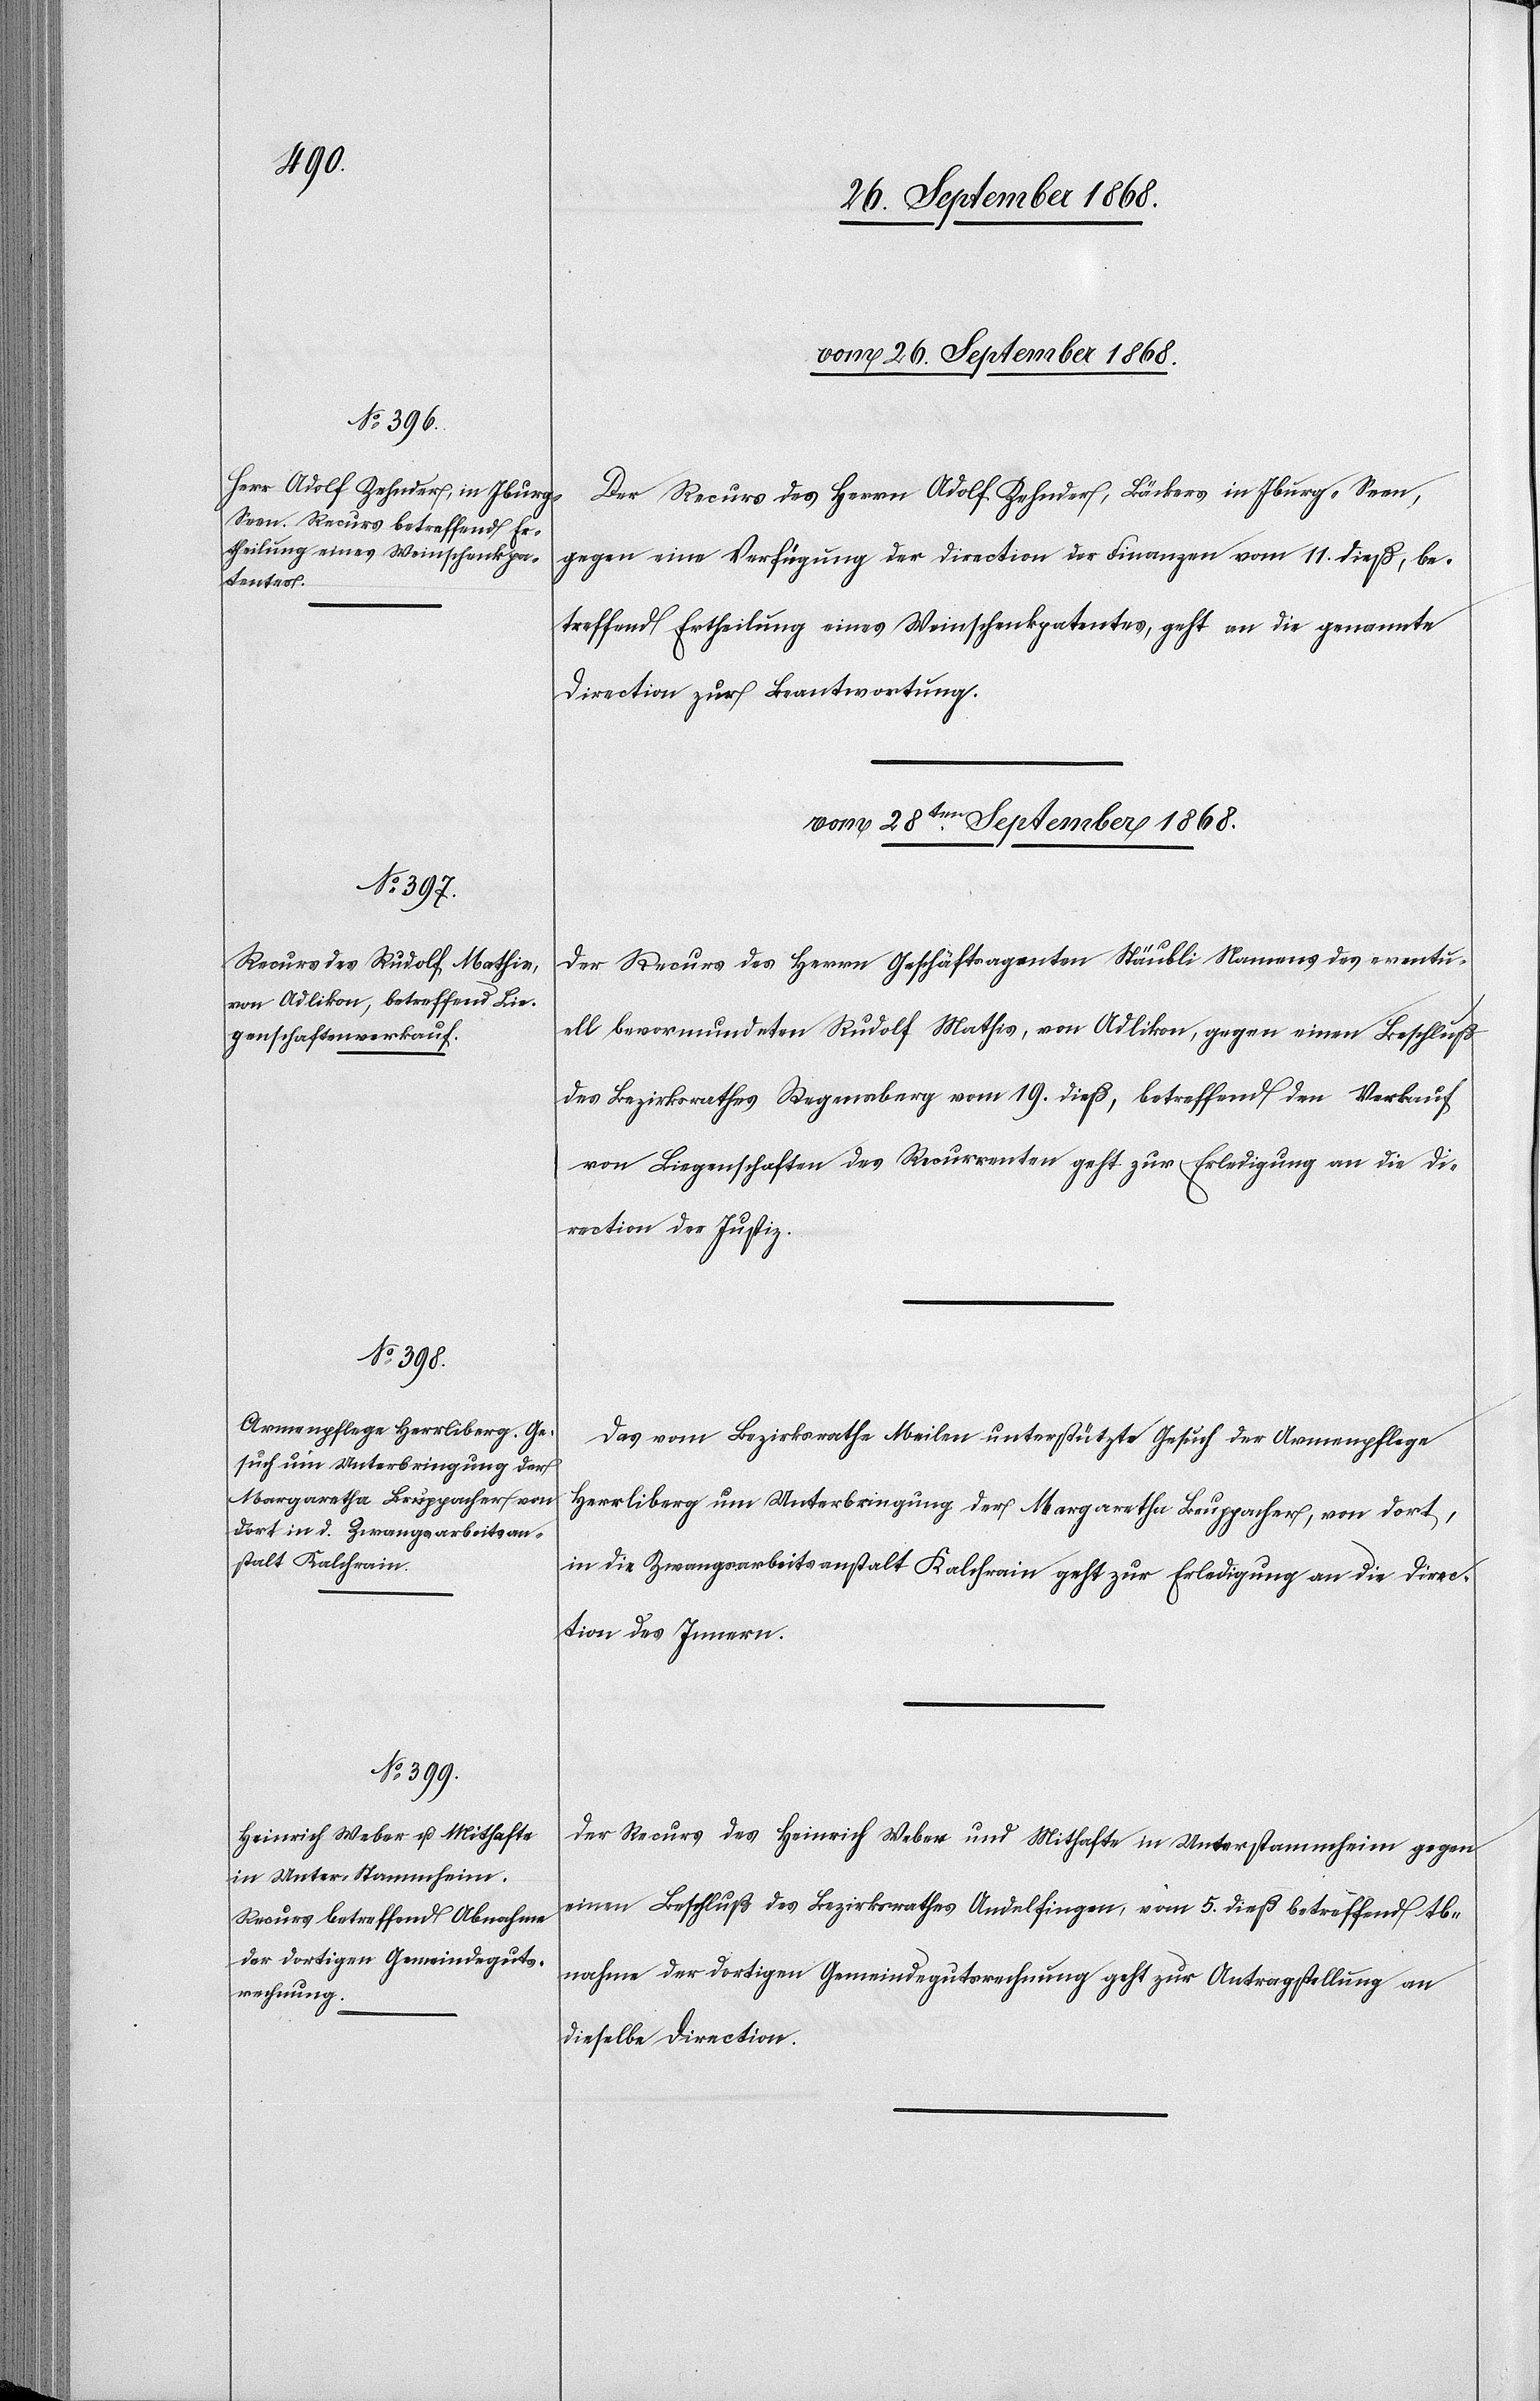
vom 26. September 1868.
Der Recurs des Herrn Adolf Zehnder, Bäckers in Iburg - Seen,
gegen eine Verfügung der Direction der Finanzen vom 11. dieß, be¬
treffend Ertheilung eines Weinschenkpatentes, geht an die genannte
Direction zur Beantwortung.
vom 28ten. September 1868.]
Der Recurs des Herrn Geschäftsagenten Stäubli Namens des eventu¬
ell bevormundeten Rudolf Mathis, von Adlikon, gegen einen Beschluß
des Bezirksrathes Regensberg vom 19. dieß, betreffend den Verkauf
von Liegenschaften des Recurrenten geht zur Erledigung an die Di¬
rection der Justiz.
Das vom Bezirksrathe Meilen unterstützte Gesuch der Armenpflege
Herrliberg um Unterbringung der Margaretha Bruppacher, von dort,
in die Zwangsarbeitsanstalt Kalchrain geht zur Erledigung an die Direc¬
tion des Innern.
Der Recurs des Heinrich Weber und Mithafte in Unterstammheim gegen
einen Beschluß des Bezirksrathes Andelfingen, vom 5. dieß betreffend Ab¬
nahme der dortigen Gemeindegutsrechnung geht zur Antragstellung an
dieselbe Direction.